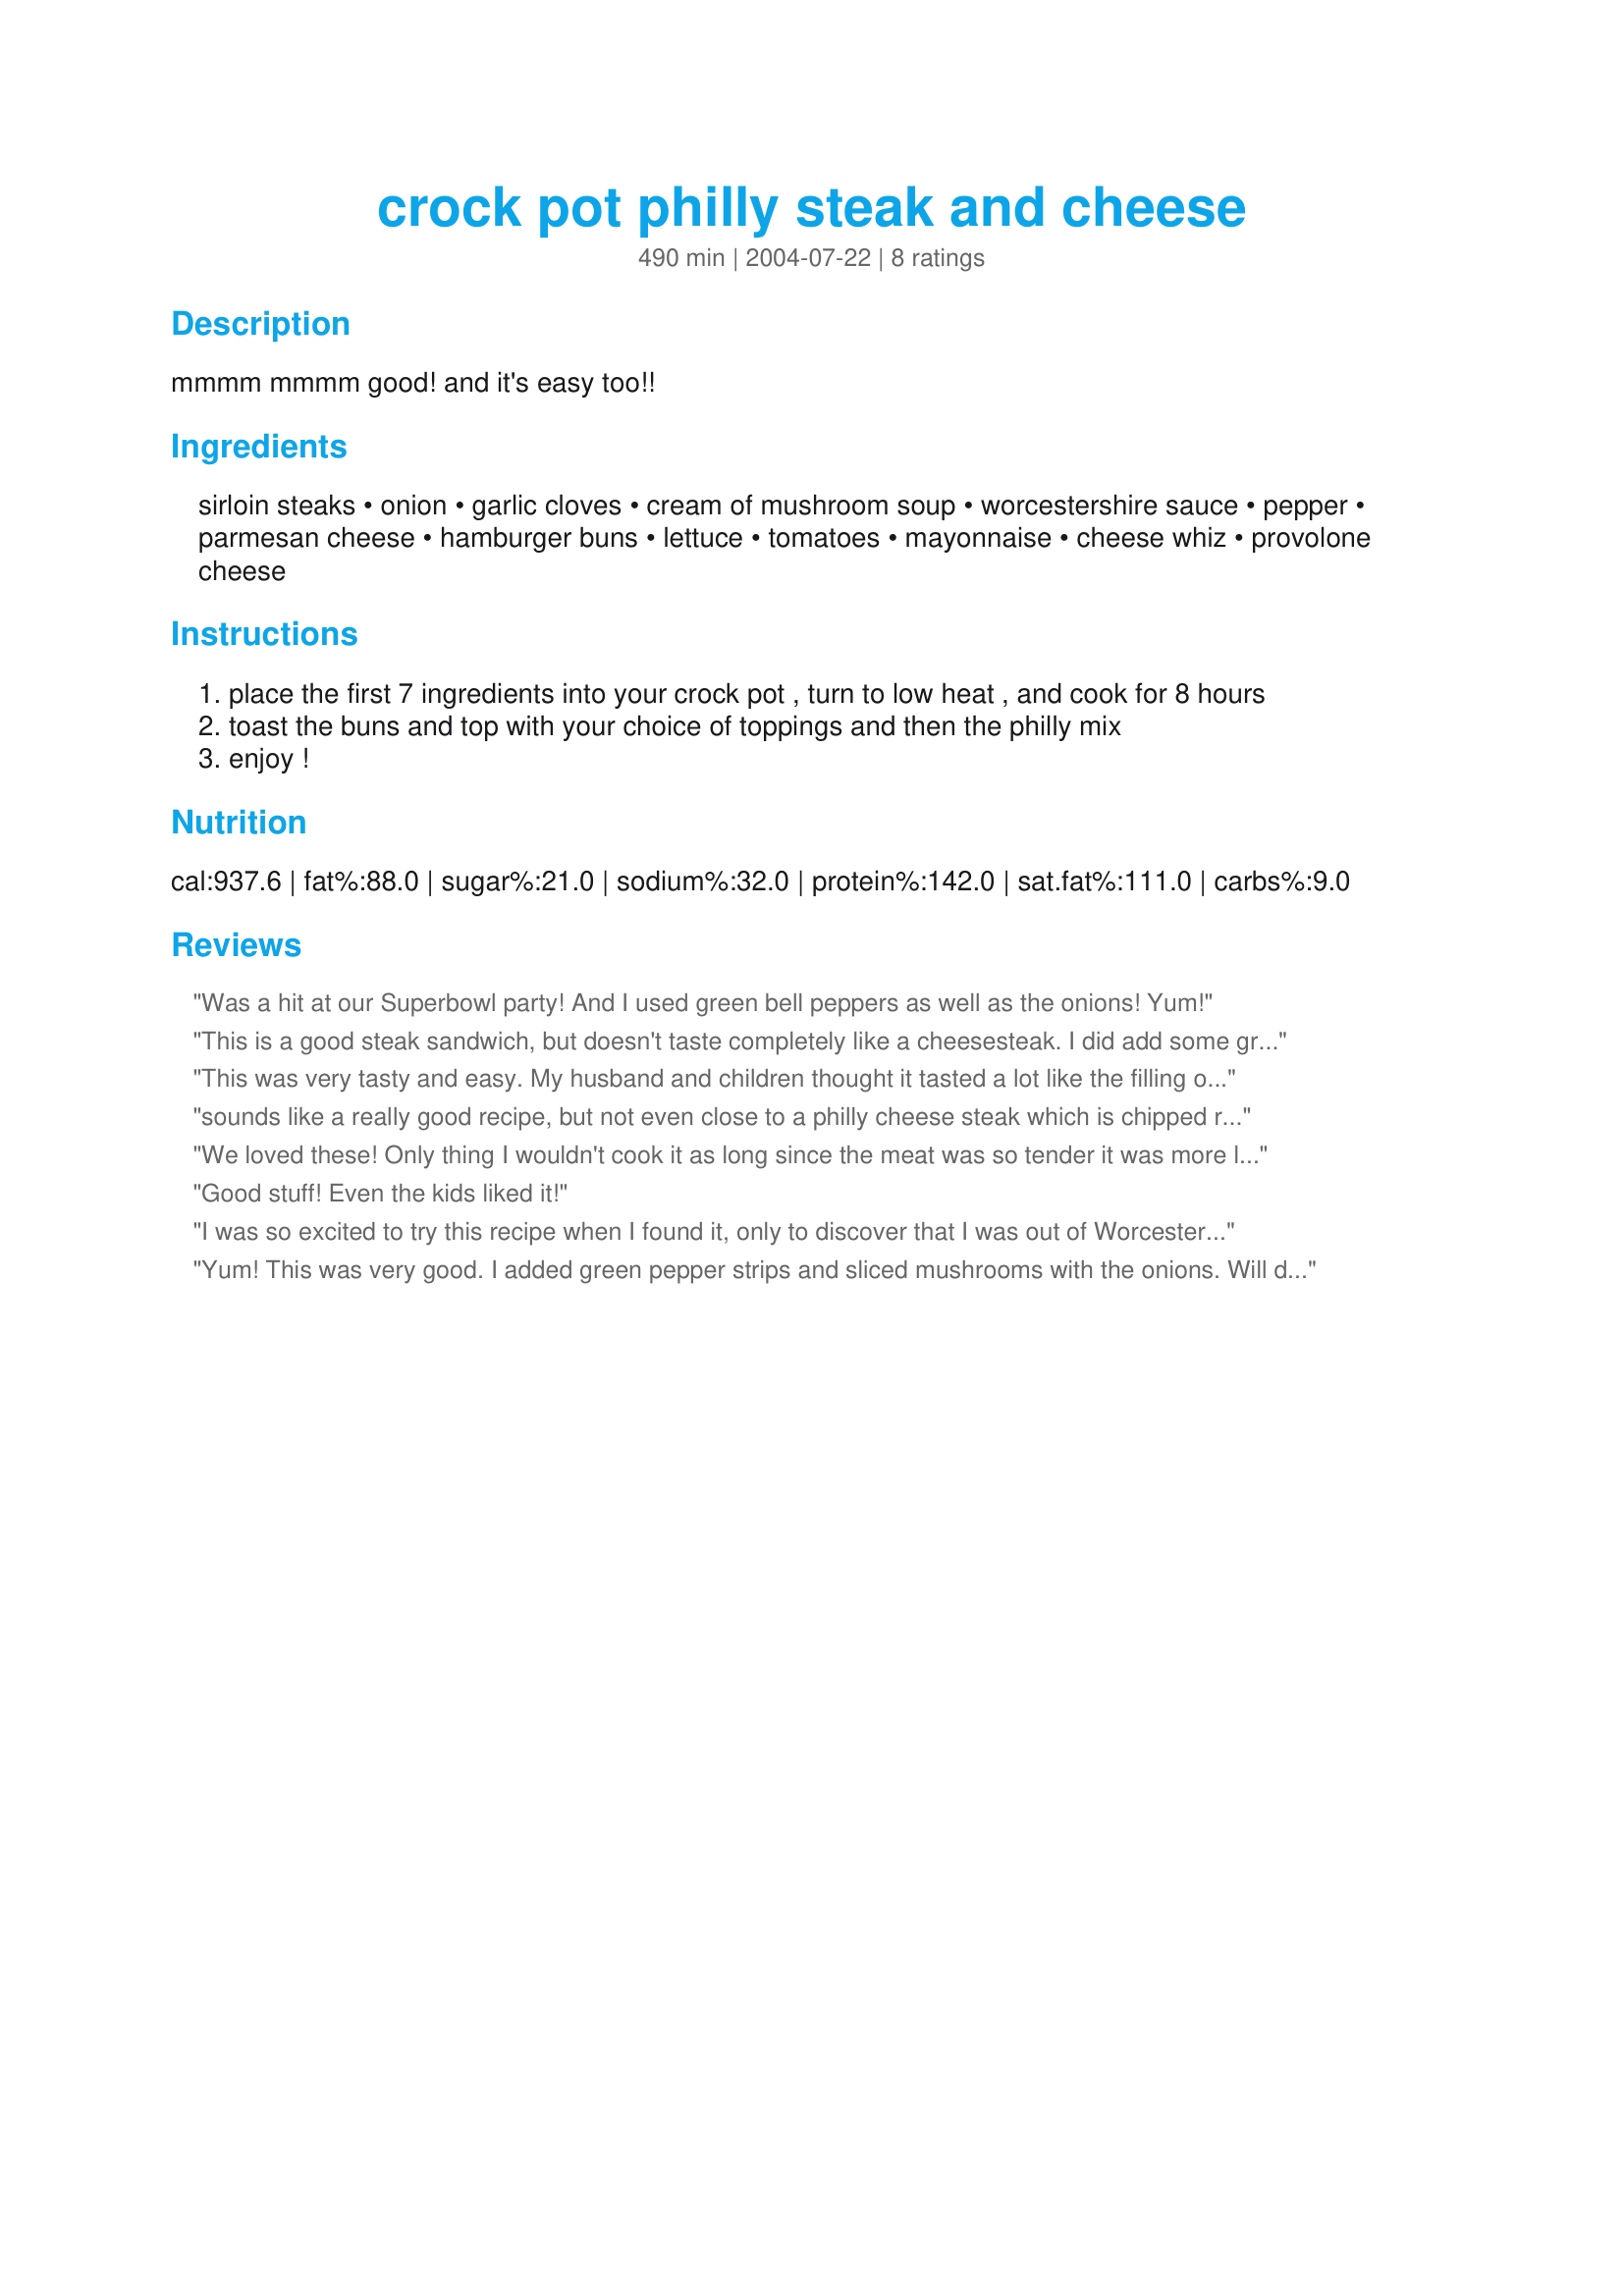
crock pot philly steak and cheese
Preparation time: 490 minutes

mmmm mmmm good! and it's easy too!!

Ingredients:
sirloin steaks, onion, garlic cloves, cream of mushroom soup, worcestershire sauce, pepper, parmesan cheese, hamburger buns, lettuce, tomatoes, mayonnaise, cheese whiz, provolone cheese

Steps:
place the first 7 ingredients into your crock pot , turn to low heat , and cook for 8 hours
toast the buns and top with your choice of toppings and then the philly mix
enjoy !

Reviews:
Was a hit at our Superbowl party! And I used green bell peppers as well as the onions! Yum!
This is a good steak sandwich, but doesn't taste completely like a cheesesteak. I did add some green pepper strips to the crockpot. I would suggest putting some of the juice from the crockpot on the buns before adding the meat mixture, makes it taste even more authentic. THanks for sharing.
This was very tasty and easy. My husband and children thought it tasted a lot like the filling of philly steak hot pockets so we put them in bread and made our own hotpockets with the sandwich maker!
We used Montery jack cheese.
sounds like a really good recipe, but not even close to a philly cheese steak which is chipped round steak cooked on a grill quickly, then put on a crusty italian roll. to call this a philly cheese steak, never. sorry
We loved these! Only thing I wouldn't cook it as long since the meat was so tender it was more like shreds and bits. I kinda like it in strips. I cooked it 6 hours and that was still too long (yes it was on low). Maybe my slow cooker cooks too fast.
Good stuff! Even the kids liked it!
I was so excited to try this recipe when I found it, only to discover that I was out of Worcestershire sauce! So, instead, I added about 1/4 c of A-1 to the soup mixture. Still absolutely delish!
Yum! This was very good. I added green pepper strips and sliced mushrooms with the onions. Will definitely make it again. Thanks for posting.
